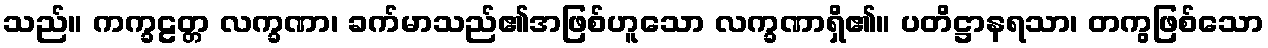
သည်။ ကက္ခဠတ္တ လက္ခဏာ၊ ခက်မာသည်၏အဖြစ်ဟူသော လက္ခဏာရှိ၏။ ပတိဋ္ဌာနရသာ၊ တကွဖြစ်သော